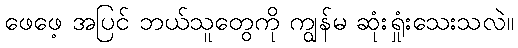
ဖေဖေ့ အပြင် ဘယ်သူတွေကို ကျွန်မ ဆုံးရှုံးသေးသလဲ။